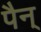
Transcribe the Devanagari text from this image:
पैन्